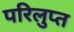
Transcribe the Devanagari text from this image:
परिलुप्त